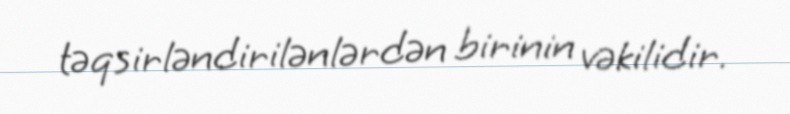
təqsirləndirilənlərdən birinin vəkilidir.